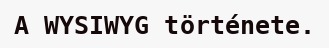
A WYSIWYG története.